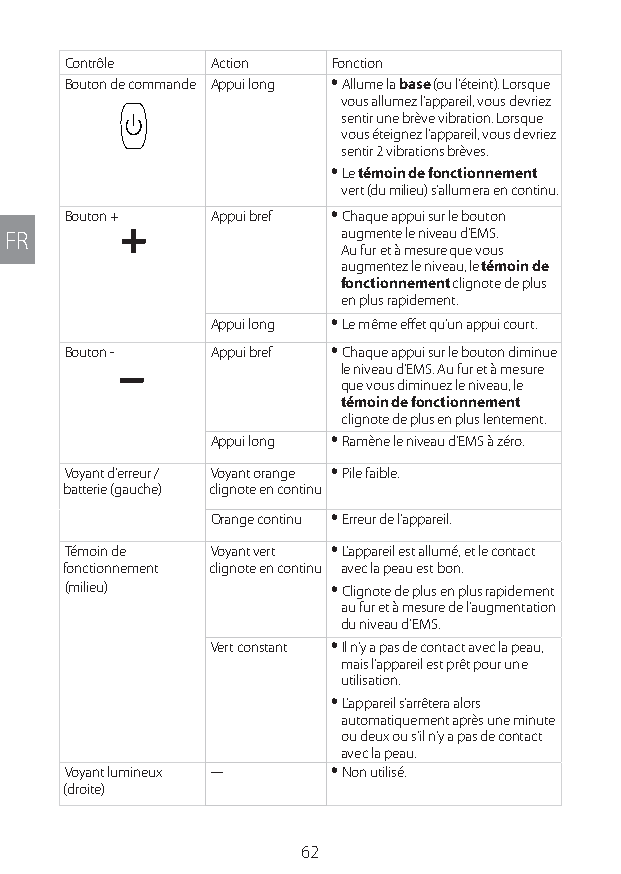
Contrôle  Action  Fonction
 Bouton de commande Appui long y Allume la base (ou l’éteint). Lorsque
 vous allumez l’appareil, vous devriez
 sentir une brève vibration. Lorsque
 vous éteignez l’appareil, vous devriez
 sentir 2 vibrations brèves.
 y Le témoin de fonctionnement
 vert (du milieu) s’allumera en continu.
 Bouton +  Appui bref y Chaque appui sur le bouton
 FR                    augmente le niveau d’EMS.
 Au fur et à mesure que vous
 augmentez le niveau, le témoin de
 fonctionnement clignote de plus
 en plus rapidement.
 Appui long y Le même effet qu’un appui court.
 Bouton -  Appui bref y Chaque appui sur le bouton diminue
 le niveau d’EMS. Au fur et à mesure
 que vous diminuez le niveau, le
 témoin de fonctionnement
 clignote de plus en plus lentement.
 Appui long y Ramène le niveau d’EMS à zéro.
 Voyant d’erreur / Voyant orange y Pile faible.
 batterie (gauche) clignote en continu
 Orange continu y Erreur de l’appareil.
 Témoin de Voyant vert y L’appareil est allumé, et le contact
 fonctionnement clignote en continu avec la peau est bon.
 (milieu)         y Clignote de plus en plus rapidement
 au fur et à mesure de l’augmentation
 du niveau d’EMS.
 Vert constant y Il n’y a pas de contact avec la peau,
 mais l’appareil est prêt pour une
 utilisation.
 y L’appareil s’arrêtera alors
 automatiquement après une minute
 ou deux ou s’il n’y a pas de contact
 avec la peau.
 Voyant lumineux --- y Non utilisé.
 (droite)
 62
 Lipo UM EU124 3545B inside ALL EU124 ED296-24 release.indd 62 14/08/2018 10:57:35